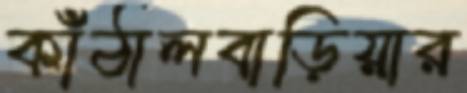
কাঁঠালবাড়িয়ার